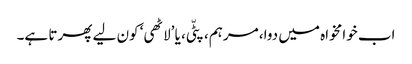
اب خوامخواہ میں دوا، مرہم، پٹّی، یا ’لاٹھی‘ کون لیے پھرتا ہے۔